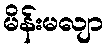
မိန်းမလျာ